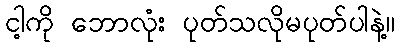
ငါ့ကို ဘောလုံး ပုတ်သလိုမပုတ်ပါနဲ့။